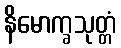
နိမောက္ခသုတ္တံ